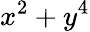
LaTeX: x^{2}+y^{4}